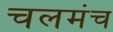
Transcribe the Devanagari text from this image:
चलमंच